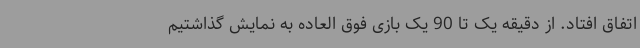
اتفاق افتاد. از دقیقه یک تا 90 یک بازی فوق العاده به نمایش گذاشتیم